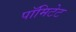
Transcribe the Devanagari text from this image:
पॉमिटेट